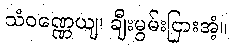
သံဝဏ္ဏေယျ၊ ချီးမွမ်းငြားအံ့။